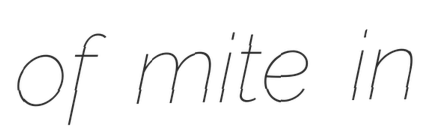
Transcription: of mite in